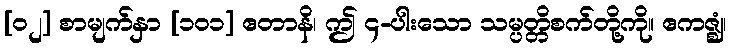
[၀၂] စာမျက်နှာ [၁၀၁] ဧတာနိ၊ ဤ ၄-ပါးသော သမ္ပတ္တိစက်တို့ကို။ ဧကဇ္ဈံ၊